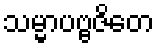
သမ္မာပဗ္ဗဇိတေ